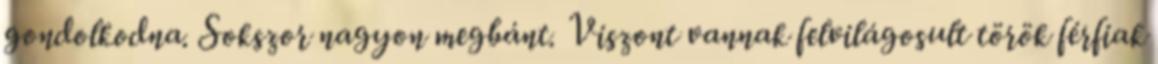
gondolkodna. Sokszor nagyon megbánt. Viszont vannak felvilágosult török férfiak